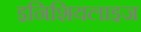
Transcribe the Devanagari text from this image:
इनिशियलाइज